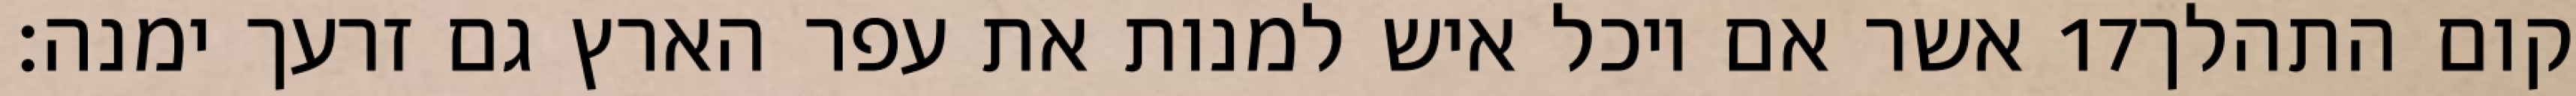
אשר אם יוכל איש למנות את עפר הארץ גם זרעך ימנה׃ ‎17‏ קום התהלך